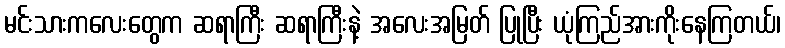
မင်းသားကလေးတွေက ဆရာကြီး ဆရာကြီးနဲ့ အလေးအမြတ် ပြုပြီး ယုံကြည်အားကိုးနေကြတယ်၊